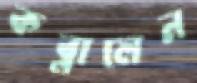
কব্‌লালেন